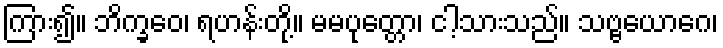
ကြား၍။ ဘိက္ခဝေ၊ ရဟန်းတို့။ မမပုတ္တော၊ ငါ့သားသည်။ သဗ္ဗယောဂေ၊